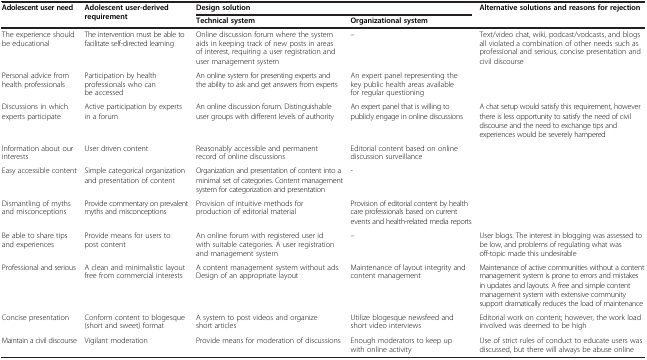
<table><thead><tr><td rowspan="2"><b>Adolescent user need</b></td><td rowspan="2"><b>Adolescent user-derived requirement</b></td><td colspan="2"><b>Design solution</b></td><td rowspan="2"><b>Alternative solutions and reasons for rejection</b></td></tr><tr><td><b>Technical system</b></td><td><b>Organizational system</b></td></tr></thead><tbody><tr><td>The experience should be educational</td><td>The intervention must be able to facilitate self-directed learning</td><td>Online discussion forum where the system aids in keeping track of new posts in areas of interest, requiring a user registration and user management system</td><td>–</td><td>Text/video chat, wiki, podcast/vodcasts, and blogs all violated a combination of other needs such as professional and serious, concise presentation and civil discourse</td></tr><tr><td>Personal advice from health professionals</td><td>Participation by health professionals who can be accessed</td><td>An online system for presenting experts and the ability to ask and get answers from experts</td><td>An expert panel representing the key public health areas available for regular questioning</td><td> </td></tr><tr><td>Discussions in which experts participate</td><td>Active participation by experts in a forum</td><td>An online discussion forum. Distinguishable user groups with different levels of authority</td><td>An expert panel that is willing to publicly engage in online discussions</td><td>A chat setup would satisfy this requirement, however there is less opportunity to satisfy the need of civil discourse and the need to exchange tips and experiences would be severely hampered</td></tr><tr><td>Information about our interests</td><td>User driven content</td><td>Reasonably accessible and permanent record of online discussions</td><td>Editorial content based on online discussion surveillance</td><td> </td></tr><tr><td>Easy accessible content</td><td>Simple categorical organization and presentation of content</td><td>Organization and presentation of content into a minimal set of categories. Content management system for categorization and presentation</td><td>-</td><td> </td></tr><tr><td>Dismantling of myths and misconceptions</td><td>Provide commentary on prevalent myths and misconceptions</td><td>Provision of intuitive methods for production of editorial material</td><td>Provision of editorial content by health care professionals based on current events and health-related media reports</td><td> </td></tr><tr><td>Be able to share tips and experiences</td><td>Provide means for users to post content</td><td>An online forum with registered user id with suitable categories. A user registration and management system</td><td>–</td><td>User blogs. The interest in blogging was assessed to be low, and problems of regulating what was off-topic made this undesirable</td></tr><tr><td>Professional and serious</td><td>A clean and minimalistic layout free from commercial interests</td><td>A content management system without ads. Design of an appropriate layout</td><td>Maintenance of layout integrity and content management</td><td>Maintenance of active communities without a content management system is prone to errors and mistakes in updates and layouts. A free and simple content management system with extensive community support dramatically reduces the load of maintenance</td></tr><tr><td>Concise presentation</td><td>Conform content to blogesque (short and sweet) format</td><td>A system to post videos and organize short articles</td><td>Utilize blogesque newsfeed and short video interviews</td><td>Editorial work on content; however, the work load involved was deemed to be high</td></tr><tr><td>Maintain a civil discourse</td><td>Vigilant moderation</td><td>Provide means for moderation of discussions</td><td>Enough moderators to keep up with online activity</td><td>Use of strict rules of conduct to educate users was discussed, but there will always be abuse online</td></tr></tbody></table>